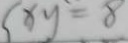
( x y = 8